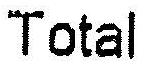
TOTAL